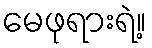
မေဖုရားရဲ့။